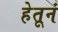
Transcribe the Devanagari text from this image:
हेतूनं